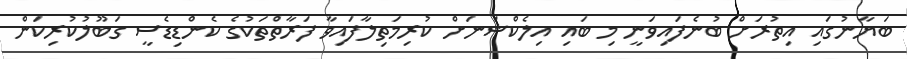
ބަޔާނުގައި އިތުރަށް ބުނެފައިވަނީ މި ބައި އިލެކްޝަނަށް ކުރިމަތިލާފައިވާ ފަރާތްތަކުގެ ކެންޑިޑެސީ ގަބޫލުކުރިކަން